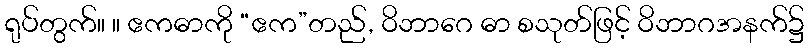
ရုပ်တွက်။ ။ ဧကဓာကို “ဧက”တည်, ဝိဘာဂေ ဓာ စသုတ်ဖြင့် ဝိဘာဂအနက်၌